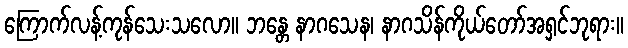
ကြောက်လန့်ကုန်သေးသလော။ ဘန္တေ နာဂသေန၊ နာဂသိန်ကိုယ်တော်အရှင်ဘုရား။